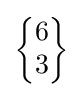
{\begin{Bmatrix}6\\3\end{Bmatrix}}